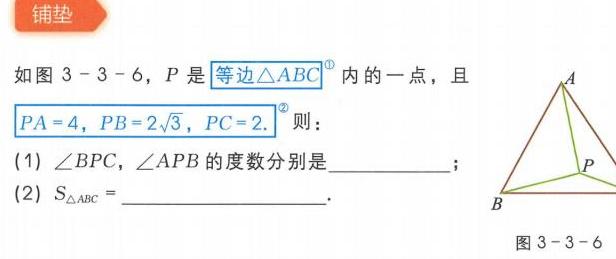
铺垫
如图3 - 3 - 6，\(P\)是等边\(\triangle ABC^{\textcircled{1}}\)内的一点，且\(PA = 4\)，\(PB = 2\sqrt{3}\)，\(PC = 2^{\textcircled{2}}\)则：
(1) \(\angle BPC\)，\(\angle APB\)的度数分别是  ；
(2) \(S_{\triangle ABC}=\)  .
图3 - 3 - 6